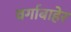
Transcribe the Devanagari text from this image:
वर्गाबाहेर